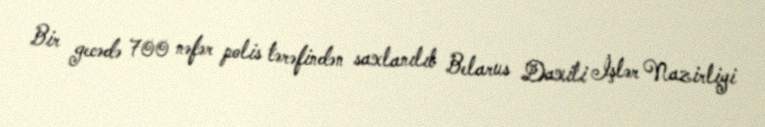
Bir gecədə 700 nəfər polis tərəfindən saxlanılıb Belarus Daxili İşlər Nazirliyi